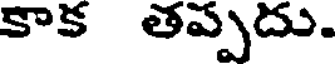
కాక తప్పదు.